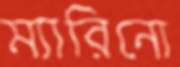
ম্যারিনো